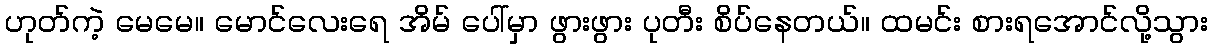
ဟုတ်ကဲ့ မေမေ။ မောင်လေးရေ အိမ် ပေါ်မှာ ဖွားဖွား ပုတီး စိပ်နေတယ်။ ထမင်း စားရအောင်လို့သွား